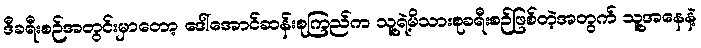
ဒီခရီးစဉ်အတွင်းမှာတော့ ဒေါ်အောင်ဆန်းစုကြည်က သူ့ရဲ့မိသားစုခရီးစဉ်ဖြစ်တဲ့အတွက် သူ့အနေနဲ့